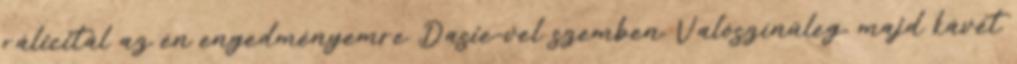
rálicitál az én engedményemre Dasie-vel szemben. Valószínűleg, majd kávét